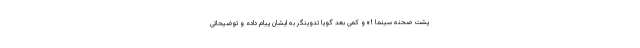
پشت صحنه سینما !» و کمی بعد گویا تدوینگر به ایشان پیام داده و توضیحاتی